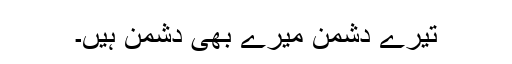
تیرے دُشمن میرے بھی دُشمن ہیں۔